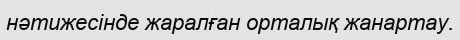
нәтижесінде жаралған орталық жанартау.